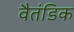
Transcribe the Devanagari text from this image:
वैतंडिक